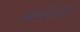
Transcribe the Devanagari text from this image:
मेलाँजेना